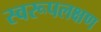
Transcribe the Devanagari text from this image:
स्वरूपलक्षण